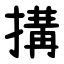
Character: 搆